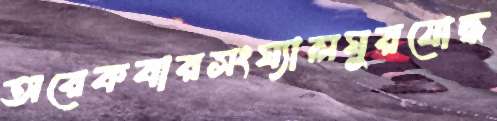
অরেকবারসংঘ্যালঘুরযোদ্ধ